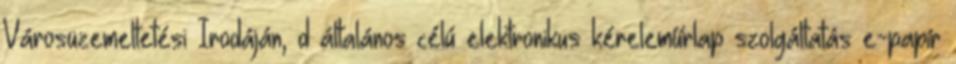
Városüzemeltetési Irodáján, d általános célú elektronikus kéreleműrlap szolgáltatás e-papír